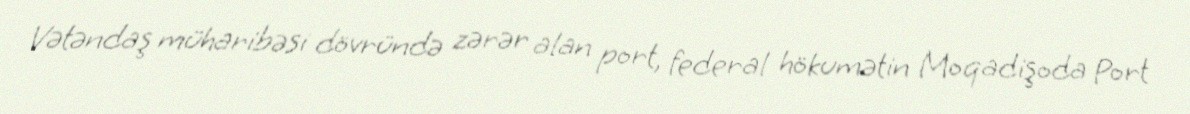
Vətəndaş müharibəsi dövründə zərər alan port, federal hökumətin Moqadişoda Port